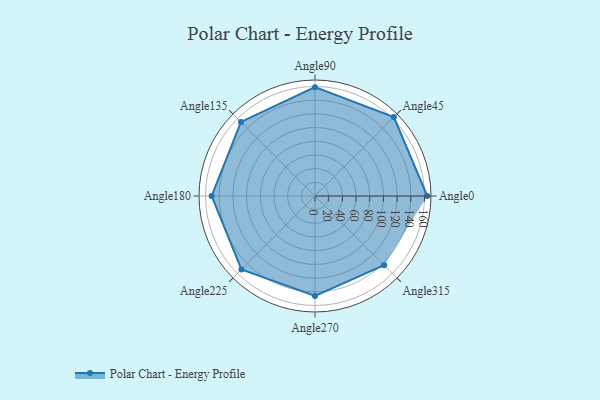
{"axis": {"x": "Angle", "y": "Radius"}, "legend": [""], "data": [{"x": "Angle0", "y": 164.0, "type": ""}, {"x": "Angle45", "y": 163.0, "type": ""}, {"x": "Angle90", "y": 159.0, "type": ""}, {"x": "Angle135", "y": 153.0, "type": ""}, {"x": "Angle180", "y": 151.0, "type": ""}, {"x": "Angle225", "y": 152.0, "type": ""}, {"x": "Angle270", "y": 146.0, "type": ""}, {"x": "Angle315", "y": 143.0, "type": ""}]}